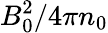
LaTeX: B_{0}^{2}/4\pi n_{0}